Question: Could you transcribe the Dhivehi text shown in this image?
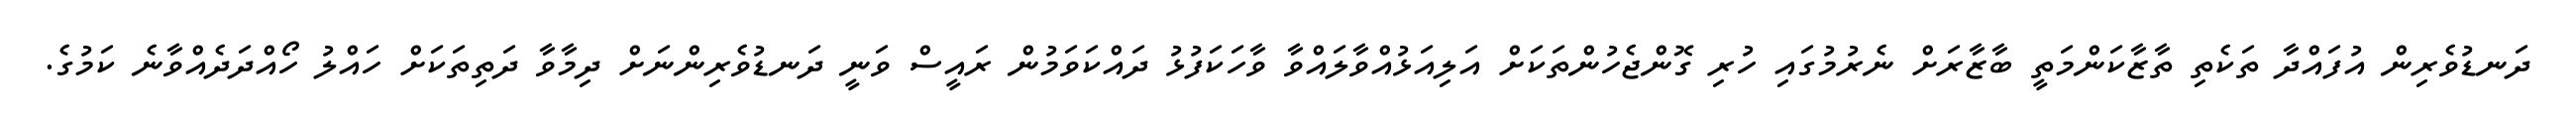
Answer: ދަނޑުވެރިން އުފައްދާ ތަކެތި ތާޒާކަންމަތީ ބާޒާރަށް ނެރުމުގައި ހުރި ގޮންޖެހުންތަކަށް އަލިއަޅުއްވާލައްވާ ވާހަކަފުޅު ދައްކަވަމުން ރައީސް ވަނީ ދަނޑުވެރިންނަށް ދިމާވާ ދަތިތަކަށް ހައްލު ހޯއްދަދެއްވާނެ ކަމުގެ.